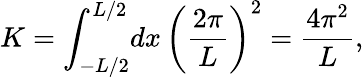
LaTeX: K=\int_{-L/2}^{L/2}\! dx\, \left(\frac{2\pi}{L}\right)^{2}=\frac{4\pi^{2}}L,